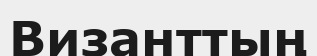
Византтың